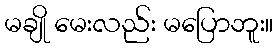
မချို မေးလည်း မပြောဘူး။